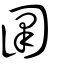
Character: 圛